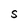
Character: S